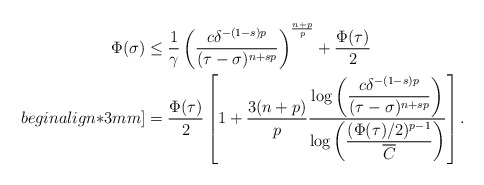
\begin{align*}\Phi(\sigma) &\leq \frac{1}{\gamma} \left(\frac{c\delta^{-(1-s)p}}{(\tau-\sigma)^{n+sp}}\right)^{\frac{n+p}{p}}+\frac{\Phi(\tau)}{2} \\begin{align*}3mm]&=\frac{\Phi(\tau)}{2}\left[1+\frac{3(n+p)}{p}\frac{\log \left(\dfrac{c\delta^{-(1-s)p}}{(\tau-\sigma)^{n+sp}}\right)}{\log\left(\dfrac{(\Phi(\tau)/2)^{p-1}}{\overline{C}}\right)}\right].\end{align*}